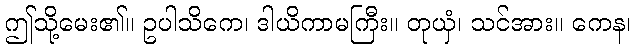
ဤသို့မေး၏။ ဥပါသိကေ၊ ဒါယိကာမကြီး။ တုယှံ၊ သင်အား။ ကေန၊